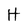
Character: H